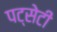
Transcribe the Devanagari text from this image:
पट्सेटी